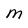
Character: m